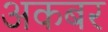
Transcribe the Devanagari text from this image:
अकबर